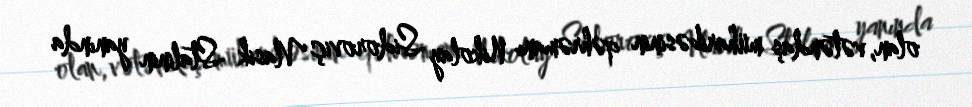
olan, vətəndaş müharibəsinin qəhrəmanı Nikolay Sidoroviç Vlasik Stalinin yanında